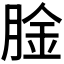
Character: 𫆤